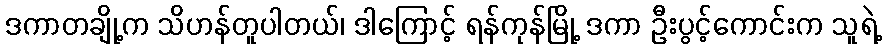
ဒကာတချို့က သိဟန်တူပါတယ်၊ ဒါကြောင့် ရန်ကုန်မြို့ ဒကာ ဦးပွင့်ကောင်းက သူရဲ့